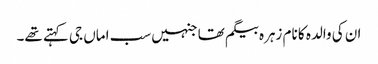
ان کی والدہ کا نام زہرہ بیگم تھا جنہیں سب اماں جی کہتے تھے۔